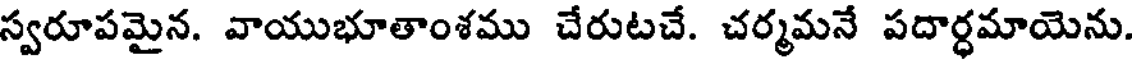
స్వరూపమైన. వాయుభూతాంశము చేరుటచే. చర్మమనే పదార్ధమాయెను.